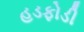
હડફોડી